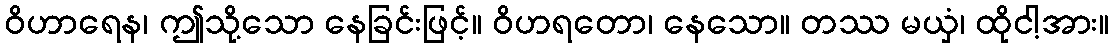
ဝိဟာရေန၊ ဤသို့သော နေခြင်းဖြင့်။ ဝိဟရတော၊ နေသော။ တဿ မယှံ၊ ထိုငါ့အား။